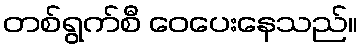
တစ်ရွက်စီ ဝေပေးနေသည်။